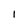
Character: I